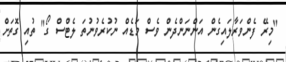
"މިރޭ ފެންވަރާލައިގެން އަންނަންދެން ވެސް މަޑެއް ނުކުރެވުނުތަ ލެޓްސް ގޯ" ތުއި ގޮތަށް